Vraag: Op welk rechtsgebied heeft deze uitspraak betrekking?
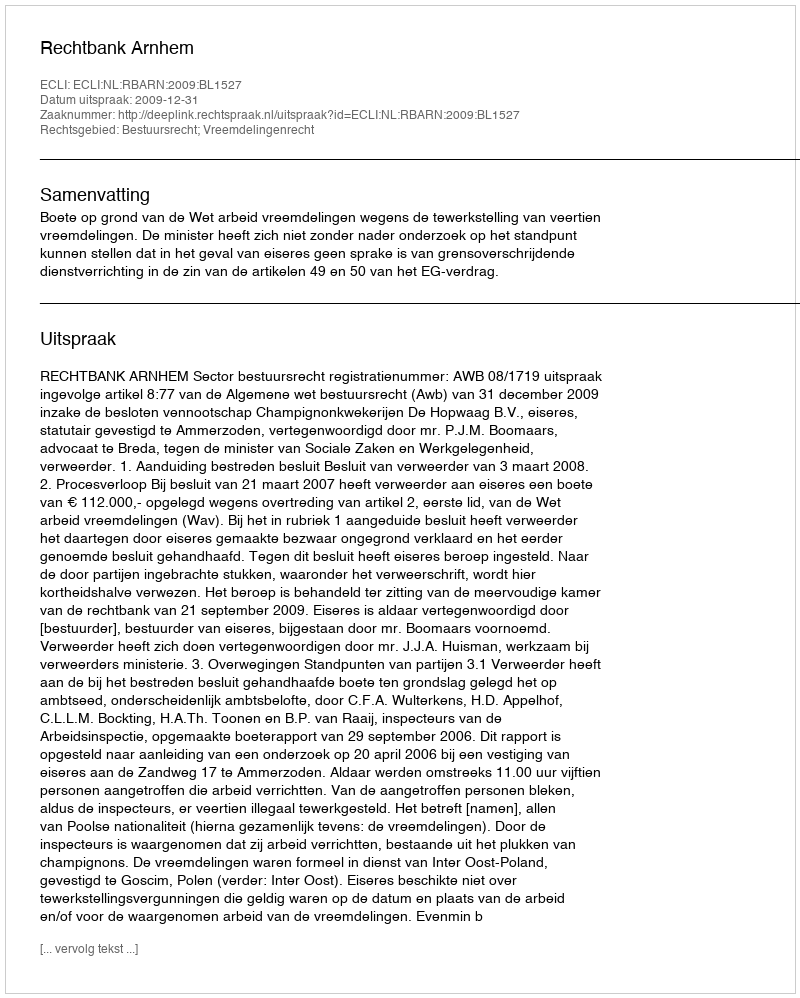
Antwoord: Bestuursrecht; Vreemdelingenrecht